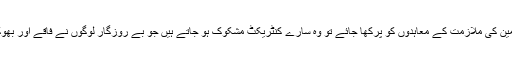
اس اصول پر اگر مزدوروں اور چھوٹے ملازمین کی ملازمت کے معاہدوں کو پرکھا جائے تو وہ سارے کنٹریکٹ مشکوک ہو جاتے ہیں جو بے روزگار لوگوں نے فاقے اور بھوک سے بچنے کے لیے مجبورًا سائن کیے ہیں۔